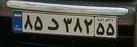
۸۵د۳۸۲۵۵